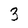
Character: 3